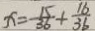
x = \frac { 1 5 } { 3 6 } + \frac { 1 6 } { 3 6 }